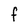
Character: F